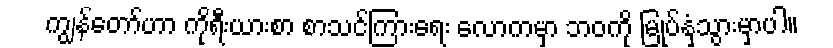
ကျွန်တော်ဟာ ကိုရီးယားစာ စာသင်ကြားရေး လောကမှာ ဘဝကို မြုပ်နှံသွားမှာပါ။